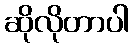
ဆိုလိုတာပါ